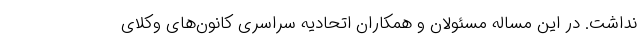
نداشت. در این مساله مسئولان و همکاران اتحادیه سراسری کانون‌های وکلای